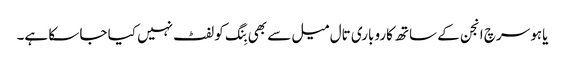
یاہو سرچ انجن کے ساتھ کاروباری تال میل سے بھی بِنگ کو لفٹ نہیں کیا جا سکا ہے۔